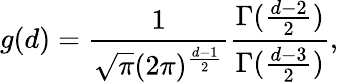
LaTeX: g(d)=\frac{1}{\sqrt{\pi}(2\pi)^{\frac{d-1}{2}}}\frac{\Gamma(\frac{d-2}{2})}{\Gamma(\frac{d-3}{2})},